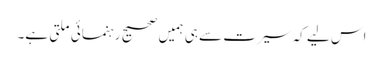
اس لیے کہ سیرت سے ہی ہمیں صحیح رہنمائی ملتی ہے۔